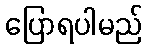
ပြောရပါမည်